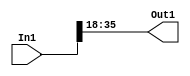
// -------------------------------------------------------------
// 
// 
// Generated by MATLAB 8.2 and HDL Coder 3.3
// 
// -------------------------------------------------------------


// -------------------------------------------------------------
// 
// Module: controllerHdl_Convert_Data_Type1
// Source Path: controllerHdl/Field_Oriented_Control/Open_Loop_Control/Transform_dq_to_ABC/Inverse_Park_Transform/Convert_Data_Type1
// Hierarchy Level: 6
// 
// -------------------------------------------------------------

`timescale 1 ns / 1 ns

module controllerHdl_Convert_Data_Type1
          (
           In1,
           Out1
          );


  input   signed [35:0] In1;  // sfix36_En28
  output  signed [17:0] Out1;  // sfix18_En10


  wire signed [17:0] Data_Type_Conversion_out1;  // sfix18_En10


  // <S42>/Data Type Conversion
  assign Data_Type_Conversion_out1 = In1[35:18];



  assign Out1 = Data_Type_Conversion_out1;

endmodule  // controllerHdl_Convert_Data_Type1